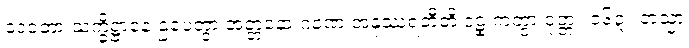
ဒေဝတာ သက္ခိဋ္ဌာနေ ဌပေတွာ အတ္တနော ဂုဏေ အနုဿရတီတိ ဒဠှံ ကတွာ ဝုတ္တံ။ ၁၆၃။ တသ္မာ